Memorandum on the prevention of leprosy by segregation of the affected
Disease focus: Leprosy
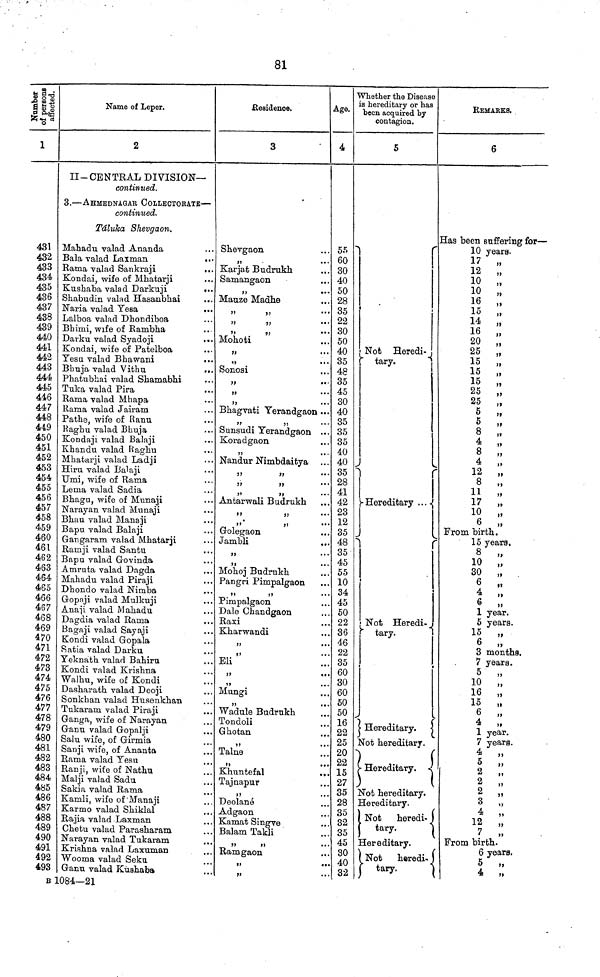
81
Number of
persons
affected.
1
431
432
433
434
435
436
437
438
439
440
441
442
443
444
445
446
447
448
449
450
451
452
453
454
455
456
457
458
459
460
461
462
463
464
465
466
467
468
469
470
471
472
473
474
475
476
477
478
479
480
481
482
483
484
485
486
487
488
489
490
491
492
493
.Name of .Leper.
2
II- CENTRAL DIVISION—
continued.
3. — AHMEDNAGAR COLLECTORATE —
continued.
Táluka Shevgaon.
Mahadu valad Ananda
Bala valad Laxman
Rama valad Sankraji
...
Kondai, wife of Mhatarji
Kushaba valad Darkuji
...
Shabudin valad Hasanbhai
Naria valad Yesa
...
Lalboa valad Dhondiboa
Bhimi, wife of Rambha
Darku valad Syadoji
Kondai, wife of Patelboa
Yesu valad Bhawani
...
Bhuja valad Vithu
...
Phatubhai valad Shamabhi
Tuka valad Pira
Rama valad Mhapa
Rama valad Jairam
Pathe, wife of Ranu
Raghu valad Bhuja
Kondaji valad Balaji
Khandu valad Raghu
Mhatarji valad Ladji
Hiru valad Balaji
Umi, wife of Rama
Lema valad Sadia
Bhagu, wife of Munaji
Narayan valad Munaji
Bhau valad Manaji
Bapu valad Balaji
Gangaram valad Mhatarji
Ramji valad Santu
Bapu valad Govinda
Amruta valad Dagda
Mahadu valad Piraji
Dhondo valad Nimba
Gopaji valad Mulkuji
Anaji valad Mahadu
Dagdia valad Rama
Bagaji valad Sayaji
Kondi valad Gopala
Satia valad Darku
Yeknath valad Bahiru
Kondi valad Krishna
Walhu, wife of Kondi
Dasharath valad Deoji
Sonkhan valad Husenkhan
Tukaram valad Piraji
Ganga, wife of Narayan
Ganu valad Gopalji
Salu wife, of Girmia
Sanji wife, of Ananta
Rama valad Yesu
Ranji, wife of Nathu
Malji valad Sadu
Sakia valad Rama
Kamli, wife of Manaji
Karmo valad Shiklal
Rajia valad Laxman
Chetu valad Parasharam
Narayan valad Tukaram
Krishna valad Laxuman
Wooma valad Seku
Ganu valad Kushaba
Residence.
3
Shevgaon
.
...
Karjat Budrukh
Samangaon
,,
Mauze Madhe
"
"
"
"
"
"
Mohoti
"
,,
Sonosi
,,
,,
...
Bhagvati Yerandgaon ...
,,
,,
Sunsudi Yerandgaon ...
Koradgaon
9?
Nandur Nimbdaitya
,,
,,
,,
,,
,,
,,
Antarwali Budrukh
,,
,,
,,
,,
Golegaon
..
Jambli
,,
...
,,
Mohoj Budrukh
Pangri Pimpalgaon
"
"
Pimpalgaon
Dale Chandgaon
Raxi
Kharwandi
"
"
Eli
,,
"
Mungi
"
Wadule Budrukh
Tondoli
Ghotan
,, ..
Talne
Khuntefal
..
Tajnapur
,,
..
Deolané
Adgaon
Kamat Singve
Balam Takli
,,
,,
Ramgaon
,,
,,
Age.
4
55
60
30
40
50
28
35
22
30
50
40
35
48
35
45
30
40
35
35
35
40
40
35
28
41
42
23
12
35
48
35
45
55
10
34
45
50
22
36
46
22
35
60
30
60
50
50
16
22
25
20
22
15
27
35
28
35
32
35
45
30
40
32
Whether the Disease
is hereditary or has
been acquired by
contagion.
5
Not Heredi-
tary.
Hereditary . . .
Not Heredi.
tary.
Hereditiary.
Not hereditary.
Hereditary.
Not hereditary.
Hereditary.
Not
heredi-
tary.
Hereditary.
Not
heredi-
tary.
REMARKS,
6
Has been suffering for —
10 years.
17 „
12 „
10 „
10 „
16 „
15 „
14 „
16 „
20 „
25 „
15 „
15 „
15 „
25
„
25 „
5 „
5 „
8 „
4 „
8 „
4
"
12
"
8
"
11 "
17
"
10 „
6 „
From birth.
15 years.
8 „
10 „
30 „
6
„
4 „
6 „
1 year.
5 years.
15 „
6 „
3 months,
7 years.
5 „
10 „
16 „
15 „
6
„
4 „
1 year.
7 years.
4 „
5 „
2
„
2 „
2 „
3 „
4 „
12 „
7 ,,
From birth.
6
years.
5
"
4 „
B 1084—21